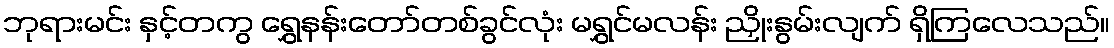
ဘုရားမင်း နှင့်တကွ ရွှေနန်းတော်တစ်ခွင်လုံး မရွှင်မလန်း ညှိုးနွမ်းလျက် ရှိကြလေသည်။